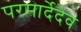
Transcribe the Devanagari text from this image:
परमार्देदेव